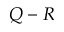
Q - R